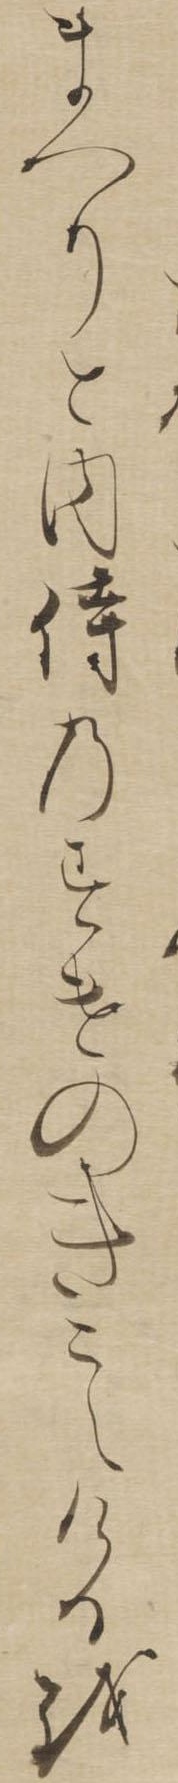
まへりと内侍のすけのきこえけるを